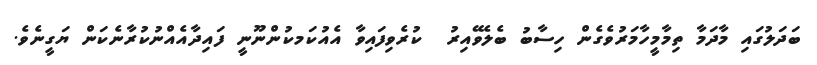
ބަދަލުގައި މާދަމާ ތިމާމީހާމަރުވެގެން ހިސާބު ބެެލެވޭއިރު  ކުރެވިފައިވާ އެއުކަމކުންނޫނީ ފައިދާއެއްނުކުރާނެކަން ޔަގީނެވެ.